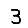
Digit: 3